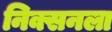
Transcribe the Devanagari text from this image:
निक्सनला